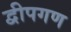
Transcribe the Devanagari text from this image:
द्वीपगण